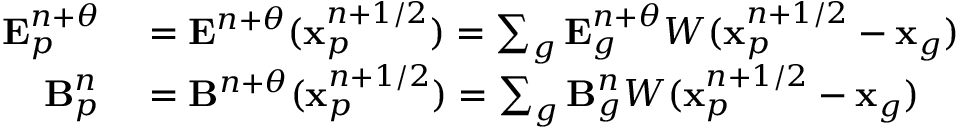
\begin{array} { r l } { \mathbf { E } _ { p } ^ { n + \theta } } & { { } = \mathbf { E } ^ { n + \theta } ( \mathbf { x } _ { p } ^ { n + 1 / 2 } ) = \sum _ { g } \mathbf { E } _ { g } ^ { n + \theta } W ( \mathbf { x } _ { p } ^ { n + 1 / 2 } - \mathbf { x } _ { g } ) } \\ { \mathbf { B } _ { p } ^ { n } } & { { } = \mathbf { B } ^ { n + \theta } ( \mathbf { x } _ { p } ^ { n + 1 / 2 } ) = \sum _ { g } \mathbf { B } _ { g } ^ { n } W ( \mathbf { x } _ { p } ^ { n + 1 / 2 } - \mathbf { x } _ { g } ) } \end{array}